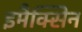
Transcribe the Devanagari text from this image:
इमैक्सिन